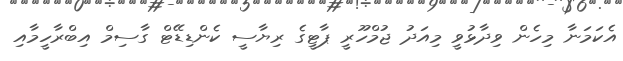
އެކަމަނާ މިހެން ވިދާޅުވީ މިއަދު ޖުމްހޫރީ ޕާޓީގެ ރިޔާސީ ކެންޑިޑޭޓް ގާސިމް އިބްރާހީމާއި